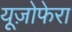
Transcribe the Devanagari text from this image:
यूज़ोफेरा